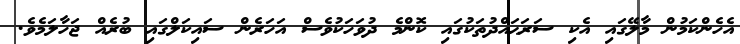
އެހެންކަމުން މާލޭގައި އެކި ސަރަޙައްދުތަކުގައި ކޮންމެ ދުވަހަކުވެސް އަހަރެން ސައިކަލްގައި ބުރެއް ޖަހާލަމެވެ.